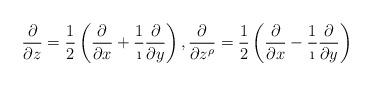
LaTeX: \begin{align*} \frac{\partial}{\partial z} = \frac{1}{2} \left( \frac{\partial}{\partial x} + \frac{1}{\i} \frac{\partial}{\partial y} \right), \frac{\partial}{\partial z^\rho} = \frac{1}{2} \left( \frac{\partial}{\partial x} - \frac{1}{\i} \frac{\partial}{\partial y} \right)\end{align*}